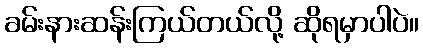
ခမ်းနားဆန်းကြယ်တယ်လို့ ဆိုရမှာပါပဲ။